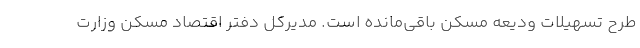
طرح تسهیلات ودیعه مسکن باقی‌مانده است. مدیرکل دفتر اقتصاد مسکن وزارت